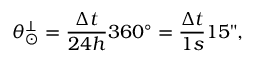
\theta _ { \odot } ^ { \perp } = \frac { \Delta t } { 2 4 h } 3 6 0 ^ { \circ } = \frac { \Delta t } { 1 s } 1 5 " ,